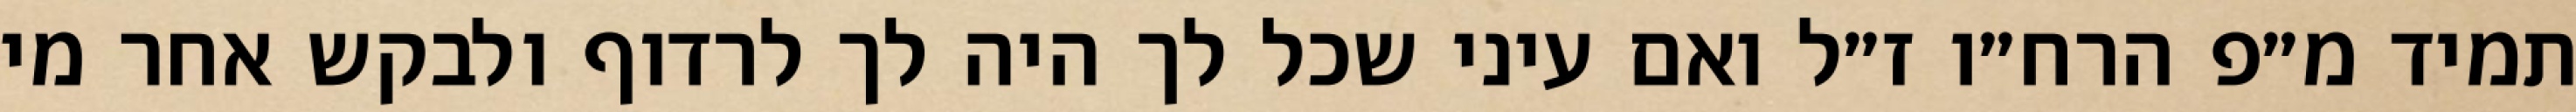
תמיד מ״פ הרח״ו ז״ל ואם עיני שכל לך היה לך לרדוף ולבקש אחר מי